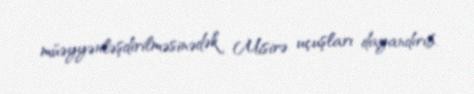
müəyyənləşdirilməsinədək Misirə uçuşları dayandırıb.